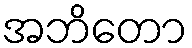
အဘိတော